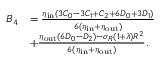
\begin{array} { r l } { B _ { 4 } } & { = \frac { \eta _ { \mathrm { i n } } ( 3 C _ { 0 } - 3 C _ { 1 } + C _ { 2 } + 6 D _ { 0 } + 3 D _ { 1 } ) } { 6 ( \eta _ { \mathrm { i n } } + \eta _ { \mathrm { o u t } } ) } } \\ & { + \frac { \eta _ { \mathrm { o u t } } ( 6 D _ { 0 } - D _ { 2 } ) - \sigma _ { R } ( 1 + \lambda ) R ^ { 2 } } { 6 ( \eta _ { \mathrm { i n } } + \eta _ { \mathrm { o u t } } ) } . } \end{array}